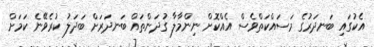
އެކުގައި ބަނދަރުގެ މަސައްކަތްވެސް އެއްކޮށް ނިންމާލާ ގުދަންތައް ބަނދަރަށް ބަދަލު ކުރެވޭނެ ކަމަށް